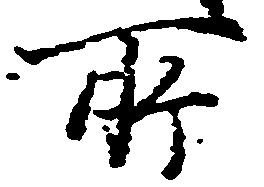
所